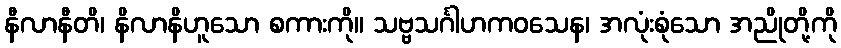
နီလာနီတိ၊ နိလာနိဟူသော စကားကို။ သဗ္ဗသင်္ဂါဟကဝသေန၊ အလုံးစုံသော အညိုတို့ကို